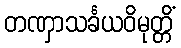
တဏှာသင်္ခယဝိမုတ္တိံ